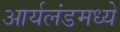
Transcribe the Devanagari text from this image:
आर्यलंडमध्ये